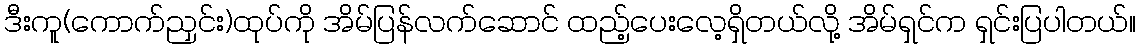
ဒီးကူ(ကောက်ညှင်း)ထုပ်ကို အိမ်ပြန်လက်ဆောင် ထည့်ပေးလေ့ရှိတယ်လို့ အိမ်ရှင်က ရှင်းပြပါတယ်။